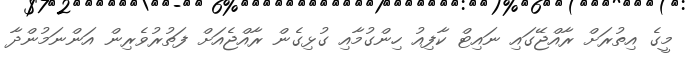
މީގެ އިތުރަށް ރާއްޖޭގައި ނައިޓް ކާފިއު ހިންގުމާއި ގުޅިގެން ރާއްޖެއަށް ފަތުރުވެރިން އަންނަމުންދާ